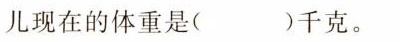
儿现在的体重是( )千克。